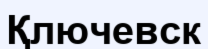
Қлючевск